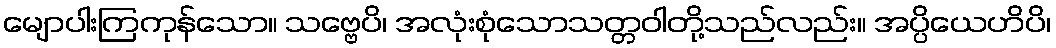
မျောပါးကြကုန်သော။ သဗ္ဗေပိ၊ အလုံးစုံသောသတ္တဝါတို့သည်လည်း။ အပ္ပိယေဟိပိ၊